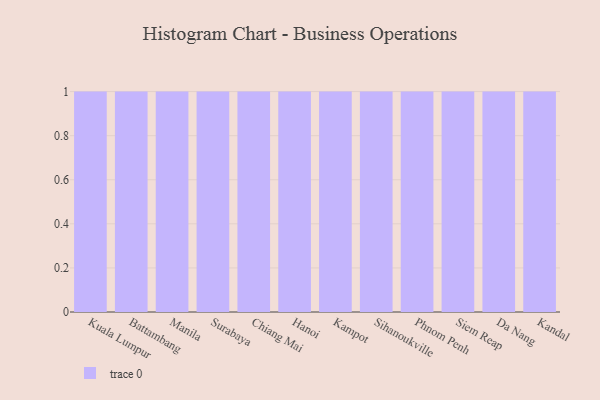
{"axis": {"x": "City", "y": "Market Share (%)"}, "legend": [""], "data": [{"x": "Kuala Lumpur", "y": 27, "type": ""}, {"x": "Battambang", "y": 83, "type": ""}, {"x": "Manila", "y": 35, "type": ""}, {"x": "Surabaya", "y": 40, "type": ""}, {"x": "Chiang Mai", "y": 84, "type": ""}, {"x": "Hanoi", "y": 75, "type": ""}, {"x": "Kampot", "y": 88, "type": ""}, {"x": "Sihanoukville", "y": 95, "type": ""}, {"x": "Phnom Penh", "y": 3, "type": ""}, {"x": "Siem Reap", "y": 51, "type": ""}, {"x": "Da Nang", "y": 99, "type": ""}, {"x": "Kandal", "y": 48, "type": ""}]}